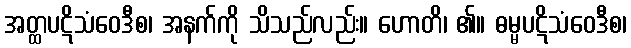
အတ္ထပဋိသံဝေဒီစ၊ အနက်ကို သိသည်လည်း။ ဟောတိ၊ ၏။ ဓမ္မပဋိသံဝေဒီစ၊